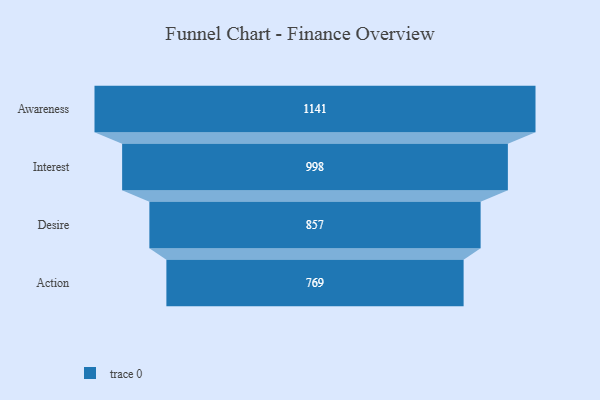
{"axis": {"x": "Stage", "y": "Value"}, "legend": [""], "data": [{"x": "Awareness", "y": 1141.0, "type": ""}, {"x": "Interest", "y": 998.0, "type": ""}, {"x": "Desire", "y": 857.0, "type": ""}, {"x": "Action", "y": 769.0, "type": ""}]}